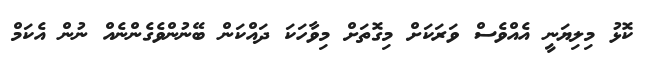
ކޮޅު މިލިޔަނީ އެއްވެސް ވަރަކަށް މިގޮތަށް މިވާހަކަ ދައްކަން ބޭނުންވެގެންނެއް ނުން އެކަމް